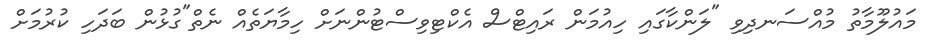
މައުލޫމާތު މުއްސަނދިވި "ލަންކާގައި ހިއުމަން ރައިޓްސް އެކްޓިވިސްޓުންނަށް ހިމާޔަތެއް ނެތް"ގުޅުން ބަދަހި ކުރުމަށް